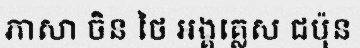
ភាសា ចិន ថៃ អង្គគ្លេស ជប៉ុន